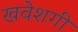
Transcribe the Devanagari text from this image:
खवेशगी